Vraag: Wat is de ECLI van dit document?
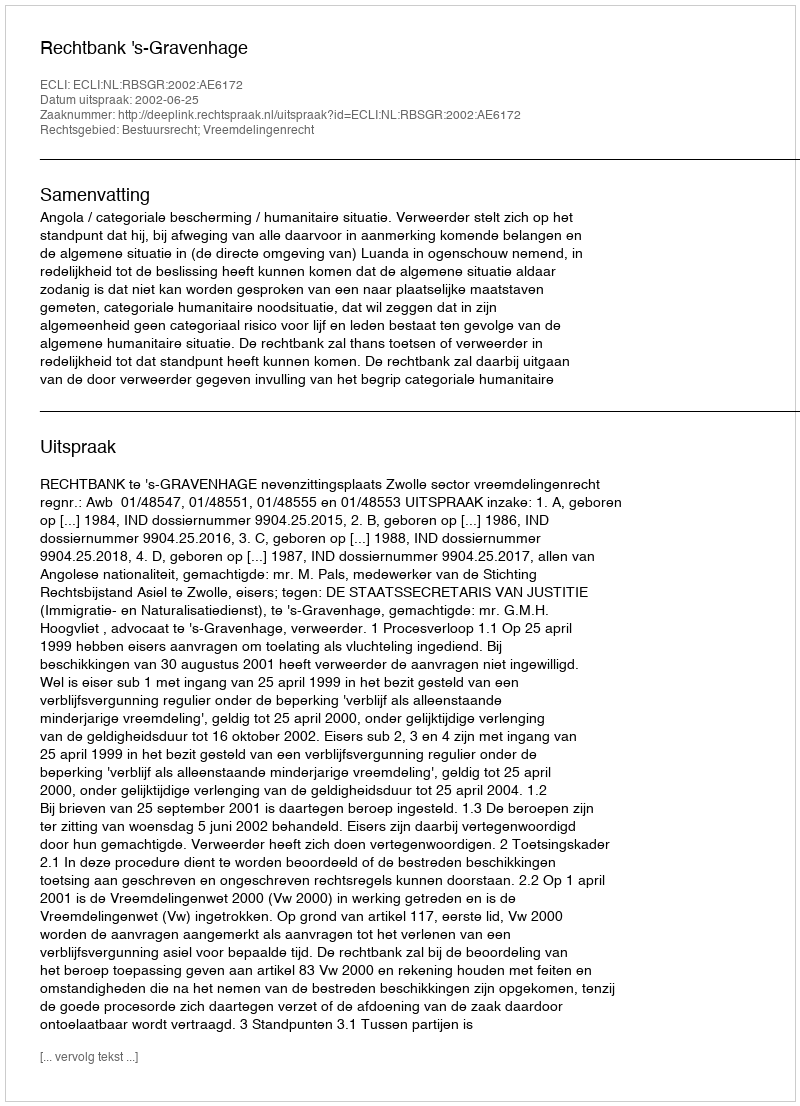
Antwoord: ECLI:NL:RBSGR:2002:AE6172